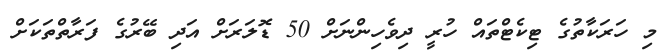
މި ހަރަކާތުގެ ޓިކެޓްތައް ހުރީ ދިވެހިންނަށް 50 ޑޮލަރަށް އަދި ބޭރުގެ ފަރާތްތަކަށް